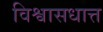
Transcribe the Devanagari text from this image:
विश्वासधात्त